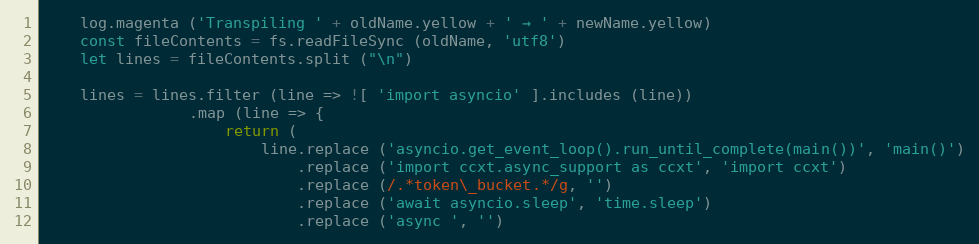
Language: JavaScript
    log.magenta ('Transpiling ' + oldName.yellow + ' → ' + newName.yellow)
    const fileContents = fs.readFileSync (oldName, 'utf8')
    let lines = fileContents.split ("\n")

    lines = lines.filter (line => ![ 'import asyncio' ].includes (line))
                .map (line => {
                    return (
                        line.replace ('asyncio.get_event_loop().run_until_complete(main())', 'main()')
                            .replace ('import ccxt.async_support as ccxt', 'import ccxt')
                            .replace (/.*token\_bucket.*/g, '')
                            .replace ('await asyncio.sleep', 'time.sleep')
                            .replace ('async ', '')